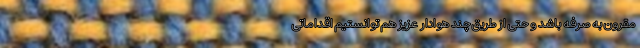
مقرون به صرفه باشد و حتی از طریق چند هوادار عزیز هم توانستیم اقداماتی